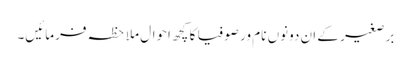
برصغیر کے ان دونوں نام ور صوفیا کا کچھ احوال ملاحظہ فرمائیں۔